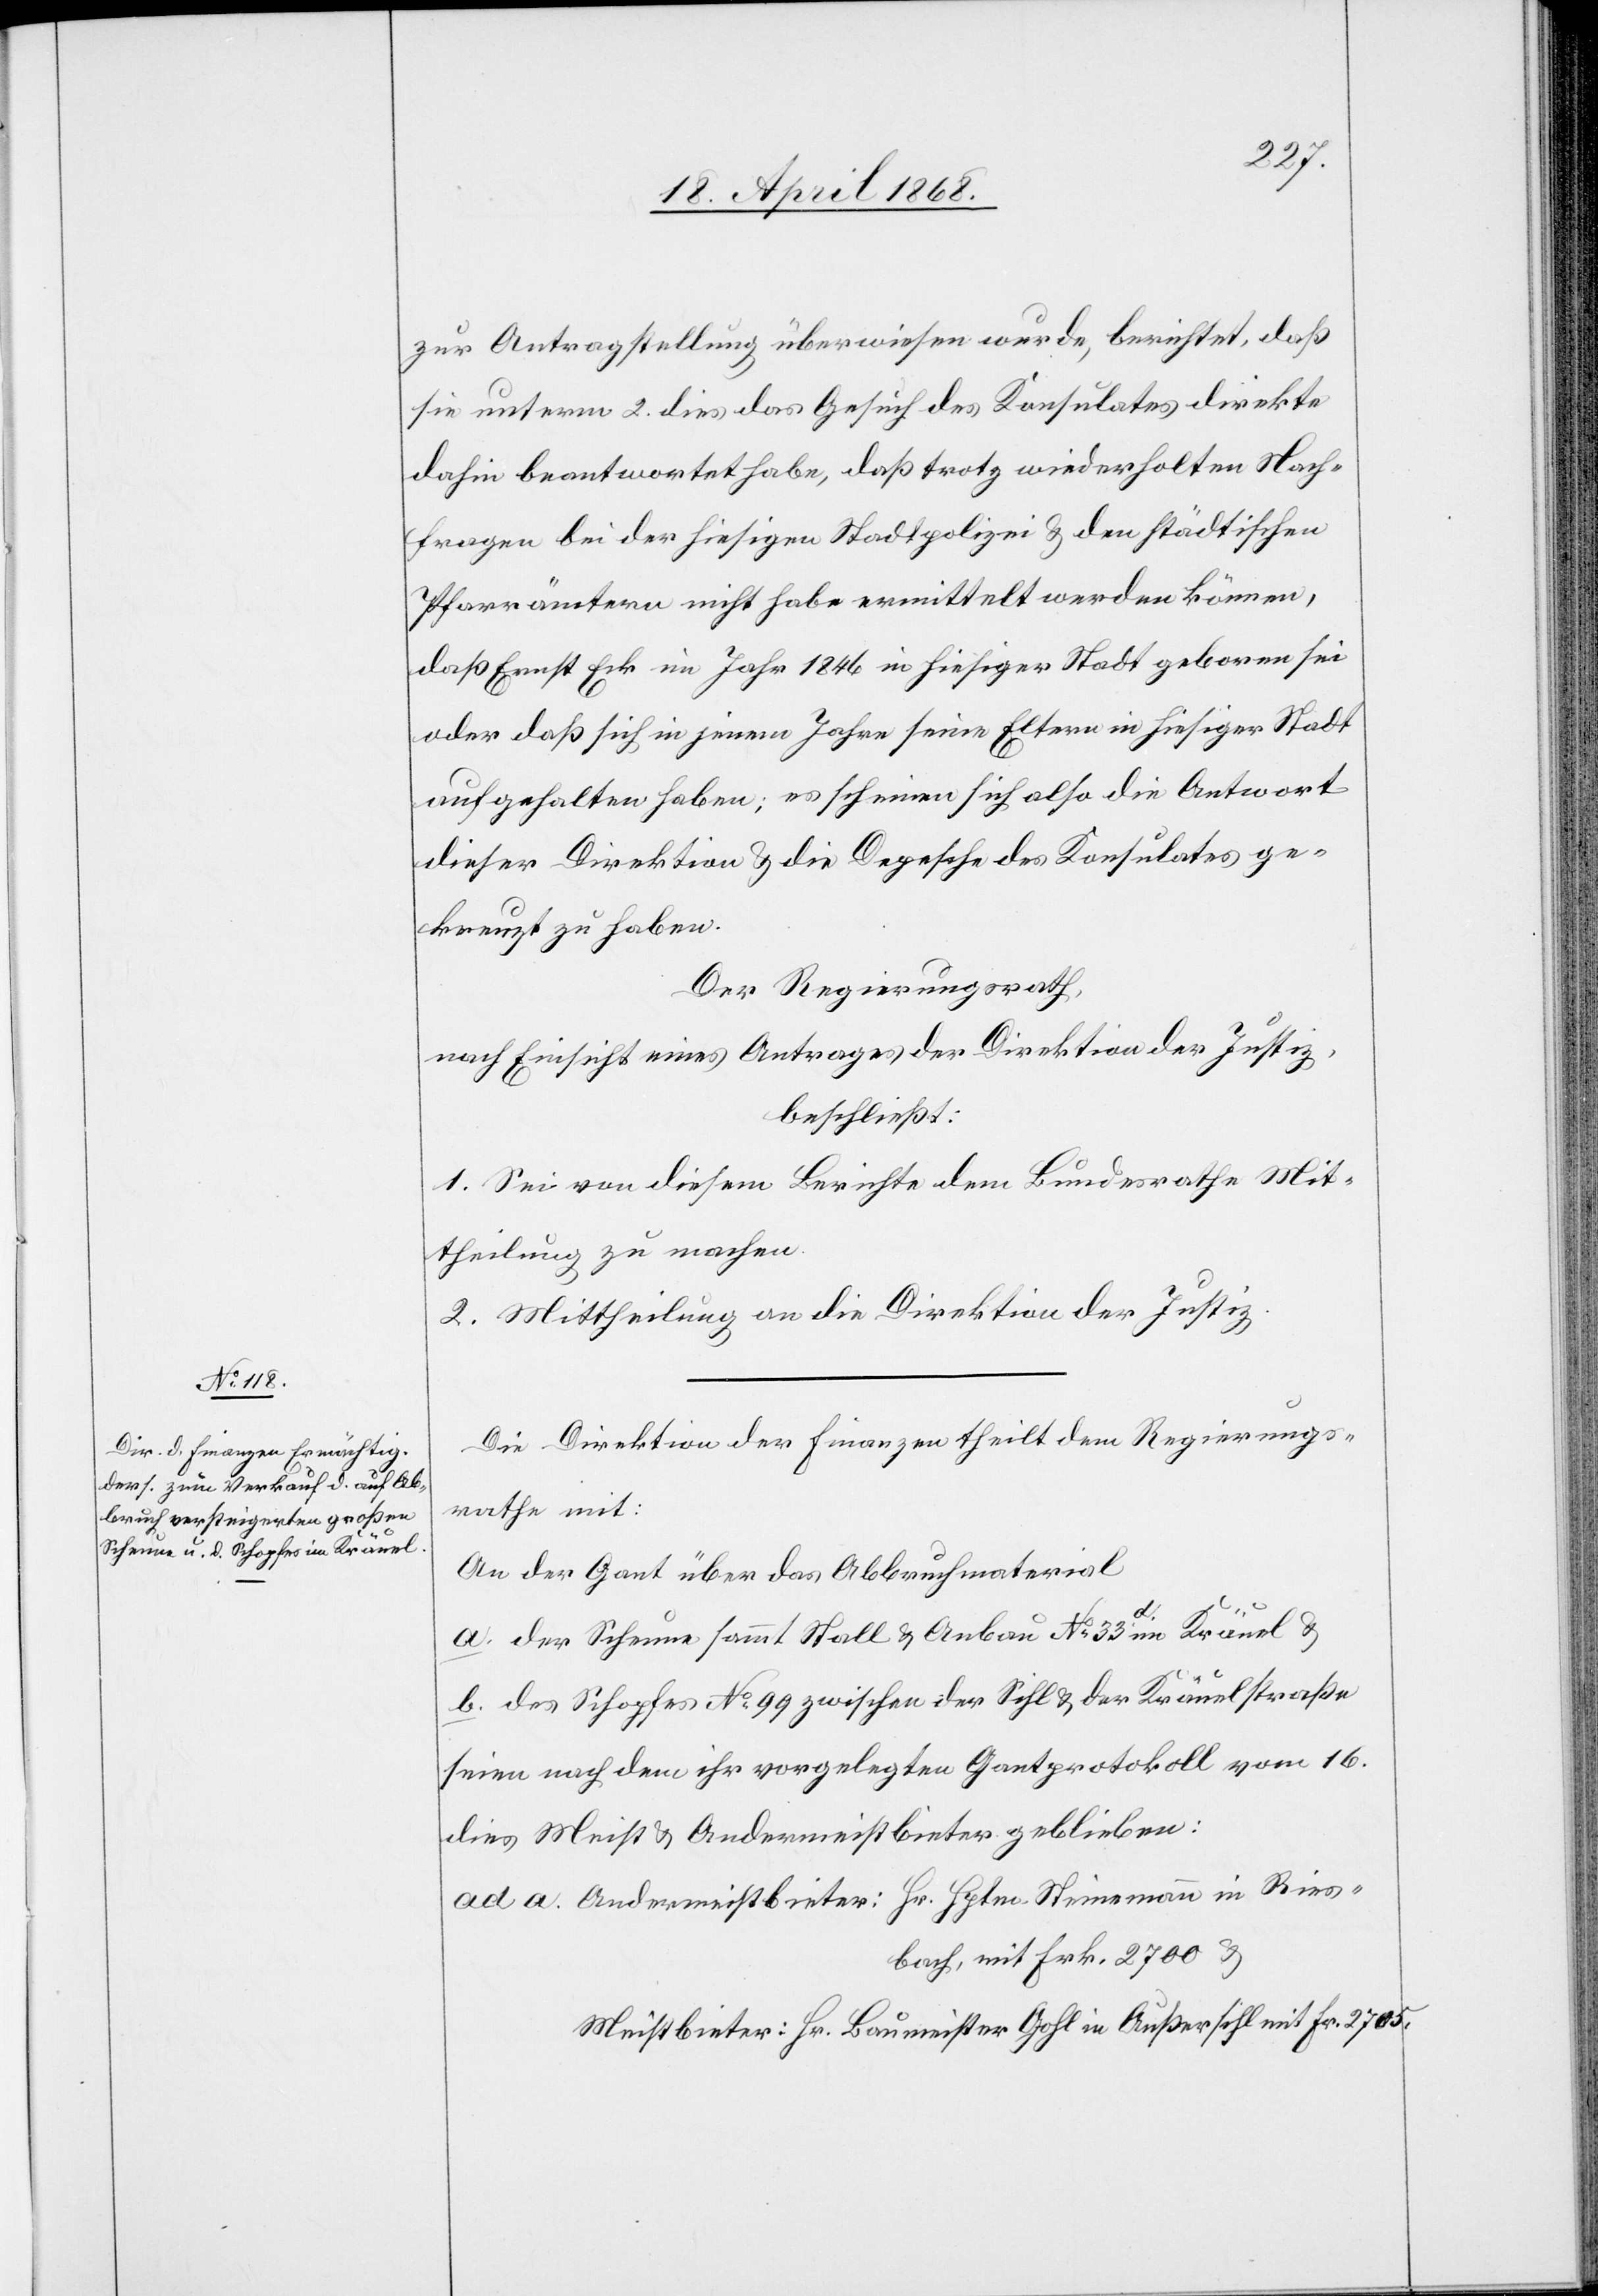
zur Antragstellung überwiesen wurde, berichtet, daß
sie unterm 2. dies das Gesuch des Konsulates direkte
dahin beantwortet habe, daß trotz wiederholten Nach¬
fragen bei der hiesigen Stadtpolizei & den städtischen
Pfarrämtern nicht habe ermittelt werden können,
daß Ernst Eck im Jahr 1846 in hiesiger Stadt geboren sei
oder daß sich in jenem Jahre seine Eltern in hiesiger Stadt
aufgehalten haben; es scheinen sich also die Antwort
dieser Direktion & die Depesche des Konsulates ge¬
kreuzt zu haben.
Der Regierungsrath,
nach Einsicht eines Antrages der Direktion der Justiz,
beschließt:
1. Sei von diesem Berichte dem Bundesrathe Mit¬
theilung zu machen.
2. Mittheilung an die Direktion der Justiz.
Die Direktion der Finanzen theilt dem Regierungs¬
rathe mit:
An der Gant über das Abbruchmaterial
a. der Scheune sammt Stall & Anbau No. 33d im Kräuel &
b. des Schopfes No. 99 zwischen der Sihl & der Kräuelstraße
seien nach dem ihr vorgelegten Gantprotokoll vom 16.
dies Meist[-] & Andermeistbieter geblieben:
Andermeistbieter: Hr. Hptm. Steinemann in Ries¬
bach, mit Frk. 2700 &
Meistbieter: Hr. Baumeister Gohl in Außersihl mit Fr. 2705.